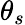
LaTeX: \theta_{s}